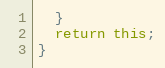
Language: JavaScript
  }
  return this;
}